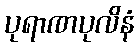
ပုရာဏပုလိနံ